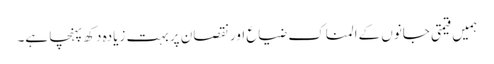
ہمیں قیمتی جانوں کےالمناک ضیا‏ع اور نقصان پر بہت زیادہ دکھ پہنچا ہے۔